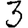
Digit: 3